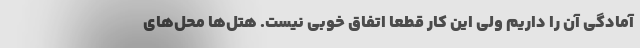
آمادگی آن را داریم ولی این کار قطعاً اتفاق خوبی نیست. هتل‌ها محل‌های